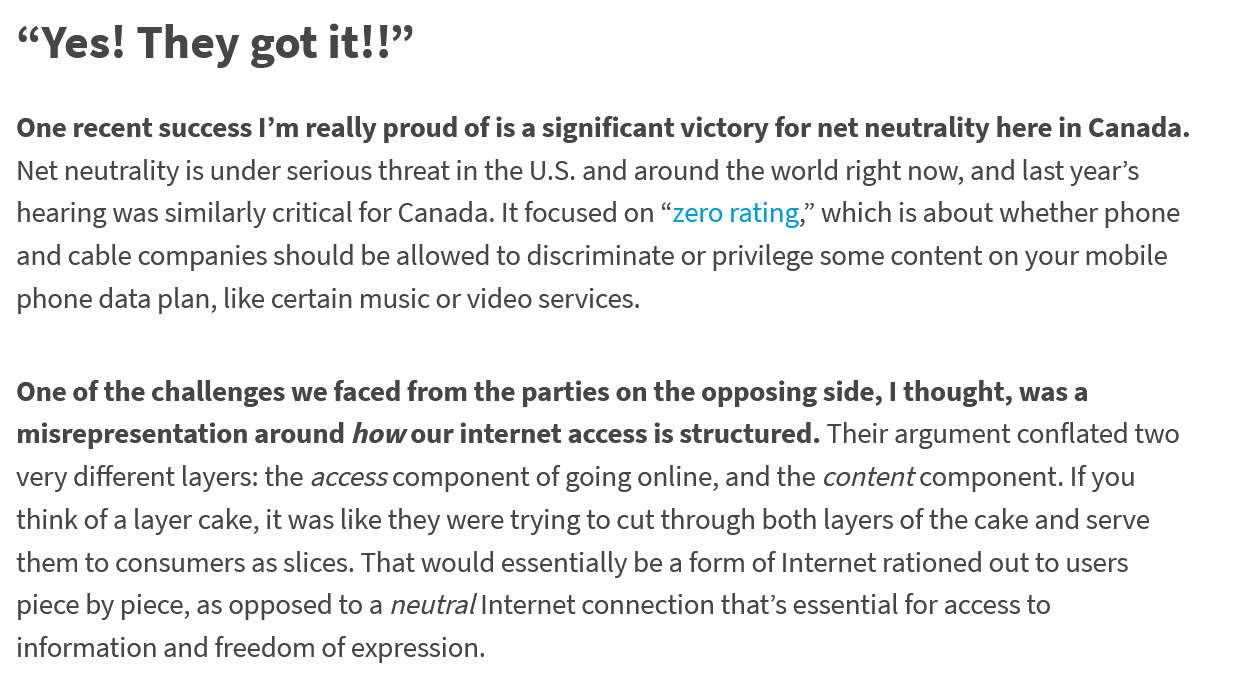
“Yes!    They    got it!!”
  One recent success I’m really proud of is a significant victory for net neutrality here in Canada.
  Net neutrality is under serious threat in the U.S. and around the world right now, and last year’s
  hearing was similarly critical for Canada. It focused on “zero rating,” which is about whether phone
  and cable companies should be allowed to discriminate or privilege some content on your mobile
  phone data plan, like certain music or video services.
  One of the challenges we faced from the parties on the opposing side, | thought, was a
  misrepresentation around how our internet access is structured. Their argument conflated two
  very different layers: the access component of going online, and the content component. If you
  think of a layer cake, it was like they were trying to cut through both layers of the cake and serve
  them to consumers as slices. That would essentially be a form of Internet rationed out to users
  piece by piece, as opposed to a neutral Internet connection that’s essential for access to
  information and freedom of expression.